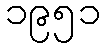
၁၉၅၁